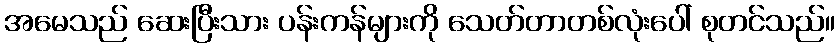
အမေသည် ဆေးပြီးသား ပန်းကန်များကို သေတ်တာတစ်လုံးပေါ် စုတင်သည်။